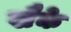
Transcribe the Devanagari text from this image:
खैके